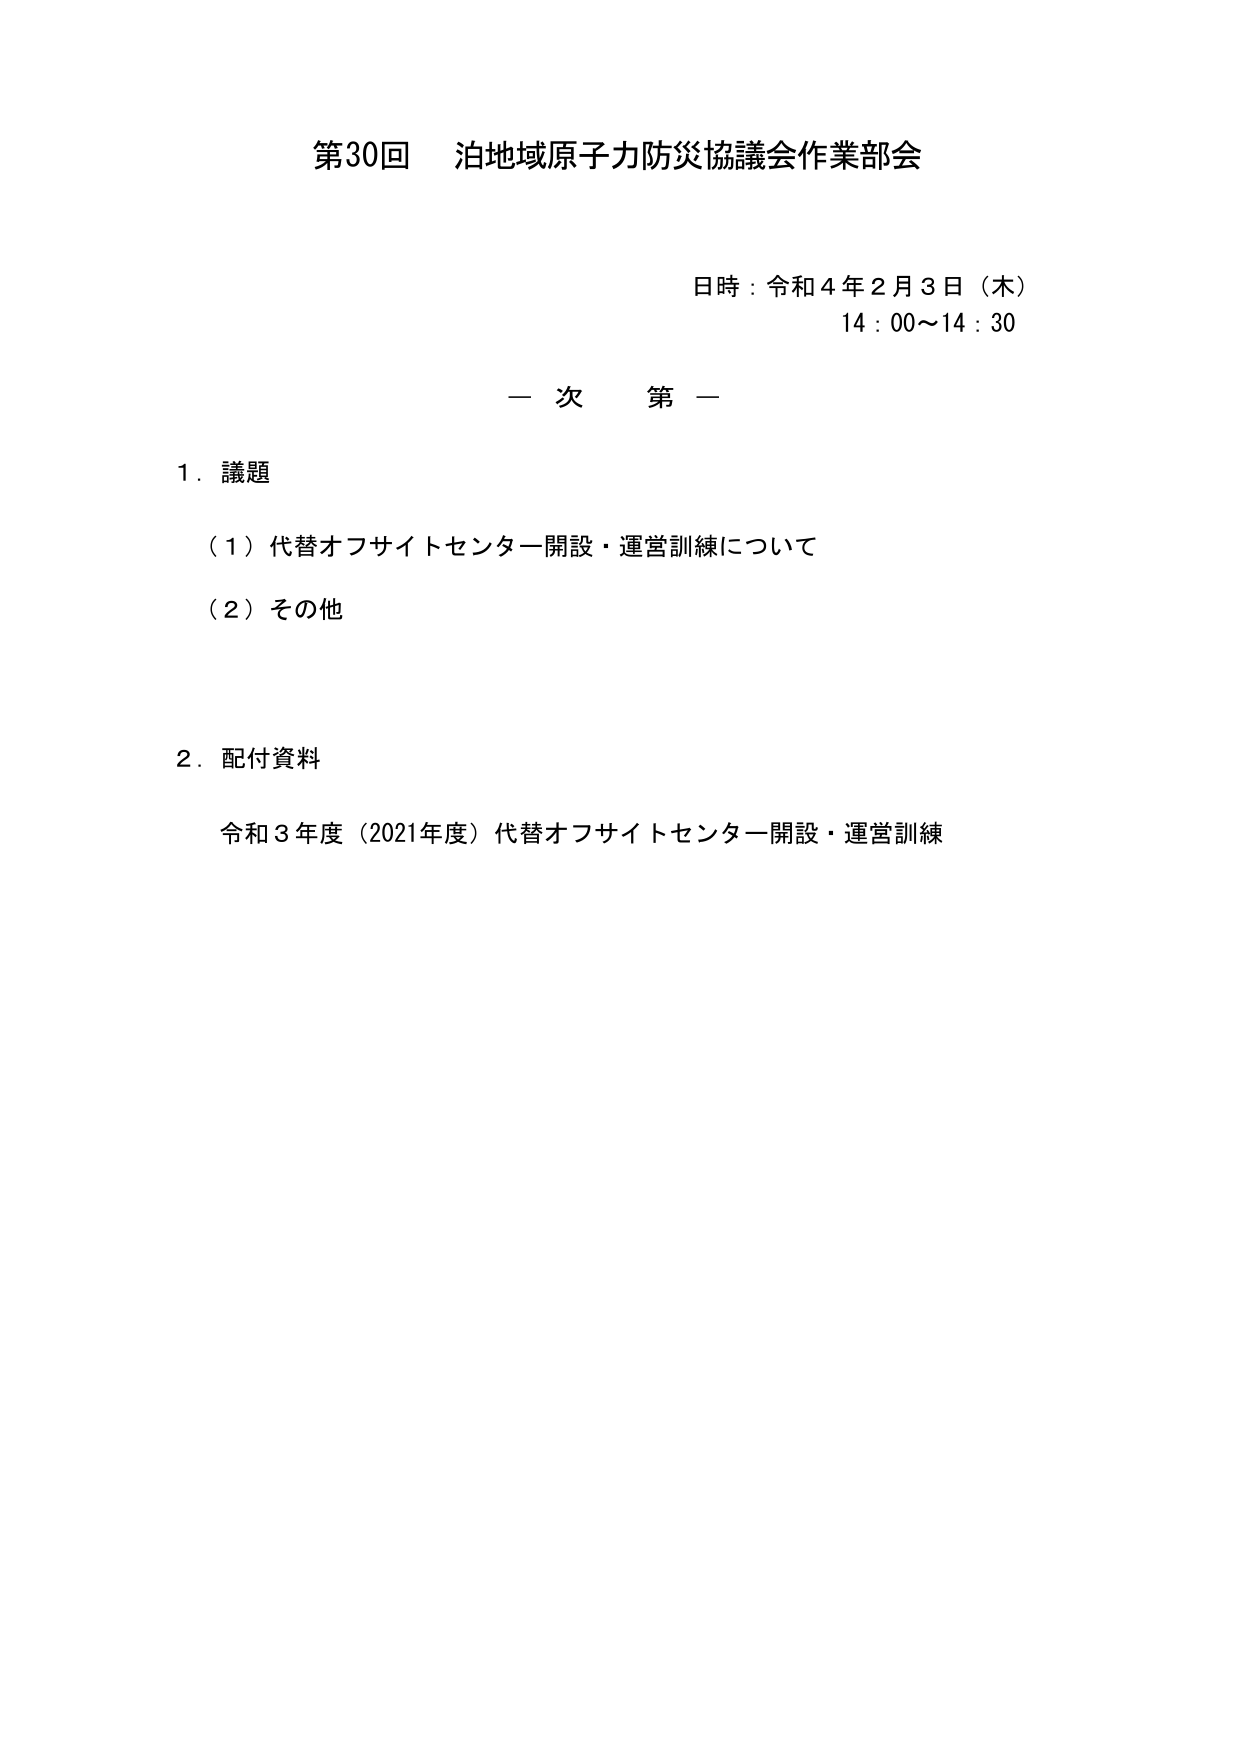
第30回 泊地域原子力防災協議会作業部会

日時：令和4年2月3日（木）
14：00～14：30

一 次 第 一

1．議題
（1）代替オフサイトセンター開設・運営訓練について
（2）その他

2．配付資料
令和3年度（2021年度）代替オフサイトセンター開設・運営訓練